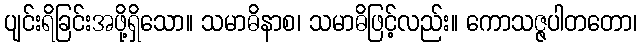
ပျင်းရိခြင်းအဖို့ရှိသော။ သမာဓိနာစ၊ သမာဓိဖြင့်လည်း။ ကောသဇ္ဇပါတတော၊